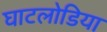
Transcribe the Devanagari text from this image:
घाटलोडिया